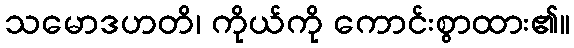
သမောဒဟတိ၊ ကိုယ်ကို ကောင်းစွာထား၏။